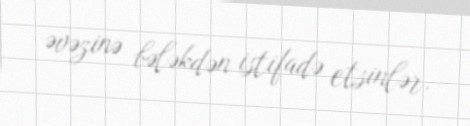
əvəzinə bələkdən istifadə etsinlər.